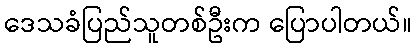
ဒေသခံပြည်သူတစ်ဦးက ပြောပါတယ်။